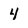
Character: 4